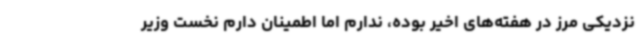
نزدیکی مرز در هفته‌های اخیر بوده، ندارم اما اطمینان دارم نخست وزیر